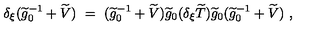
\delta _ { \xi } ( \widetilde g _ { 0 } ^ { - 1 } + \widetilde V ) \ = \ ( \widetilde g _ { 0 } ^ { - 1 } + \widetilde V ) \widetilde g _ { 0 } ( \delta _ { \xi } \widetilde T ) \widetilde g _ { 0 } ( \widetilde g _ { 0 } ^ { - 1 } + \widetilde V ) \ ,